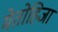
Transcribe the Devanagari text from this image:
मेतोहिजा